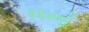
૧૬૦નો